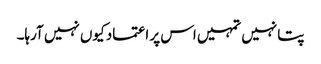
پتا نہیں تمہیں اس پر اعتماد کیوں نہیں آرہا۔